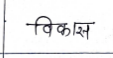
मजकूर: विकास